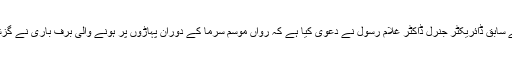
دوسری جانب محکمہ موسمیات کے سابق ڈائریکٹر جنرل ڈاکٹر غلام رسول نے دعویٰ کیا ہے کہ رواں موسم سرما کے دوران پہاڑوں پر ہونے والی برف باری نے گزشتہ 70 سال کا ریکارڈ توڑ دیا ہے۔